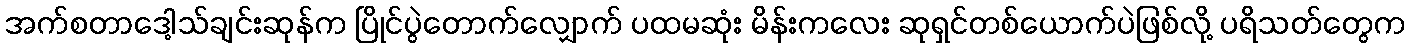
အက်စတာဒေါ့သ်ချင်းဆုန်က ပြိုင်ပွဲတောက်လျှောက် ပထမဆုံး မိန်းကလေး ဆုရှင်တစ်ယောက်ပဲဖြစ်လို့ ပရိသတ်တွေက